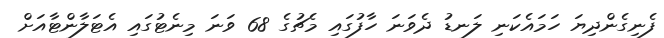
ފެނިގެންދިޔަ ހަމައެކަނި ލަނޑު ދެވަނަ ހާފުގައި މެޗުގެ 68 ވަނަ މިނެޓުގައި އެޓަލާންޓާއަށް